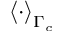
\left< \cdot \right> _ { \Gamma _ { c } }